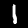
Digit: 1